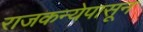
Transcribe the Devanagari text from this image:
राजकन्येपासून